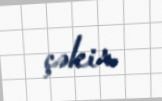
çəkir.